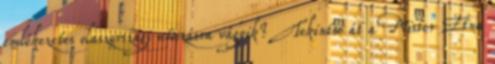
emlékezetes olaszországi utazásra vágyik? Tekintse át a Mister Etna